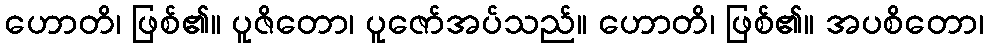
ဟောတိ၊ ဖြစ်၏။ ပူဇိတော၊ ပူဇော်အပ်သည်။ ဟောတိ၊ ဖြစ်၏။ အပစိတော၊